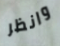
وانظر